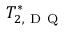
T _ { 2 , \mathrm { ~ D ~ Q ~ } } ^ { * }